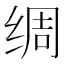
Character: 绸